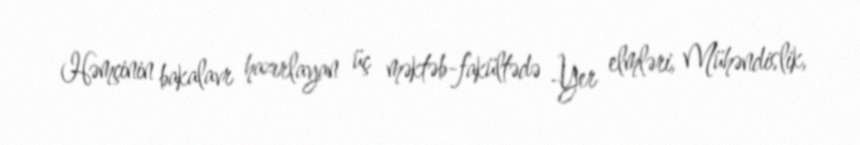
Həmçinin bakalavr hazırlayan üç məktəb-fakültədə -Yer elmləri, Mühəndislik,